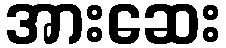
အားဆေး